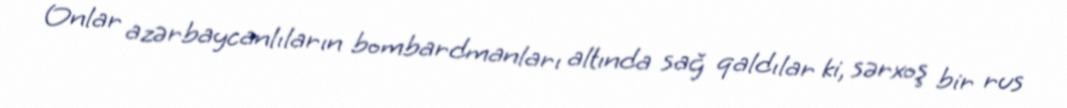
Onlar azərbaycanlıların bombardmanları altında sağ qaldılar ki, sərxoş bir rus